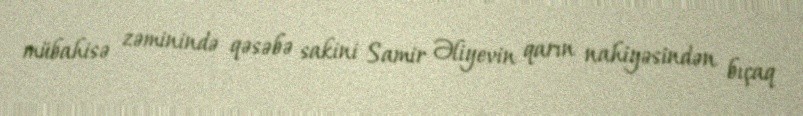
mübahisə zəminində qəsəbə sakini Samir Əliyevin qarın nahiyəsindən bıçaq